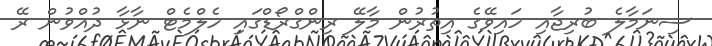
ސިނަމާލެ ބުރިޖާއި ހައިވޭގެ އިތުރުން މާލޭ ރިންގްރޯޑްގައި ހެލްމެޓް ނާޅާ ދުއްވުން ރޭ